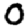
Digit: 0